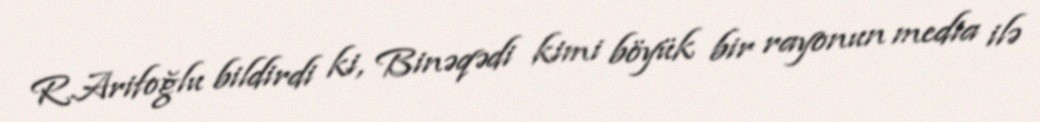
R.Arifoğlu bildirdi ki, Binəqədi kimi böyük bir rayonun media ilə